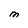
Character: M